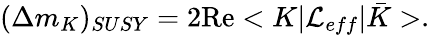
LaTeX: (\Delta m_{K})_{SUSY}=2\mathrm{Re}<K|{\cal L}_{eff}|\bar{K}>.